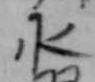
水